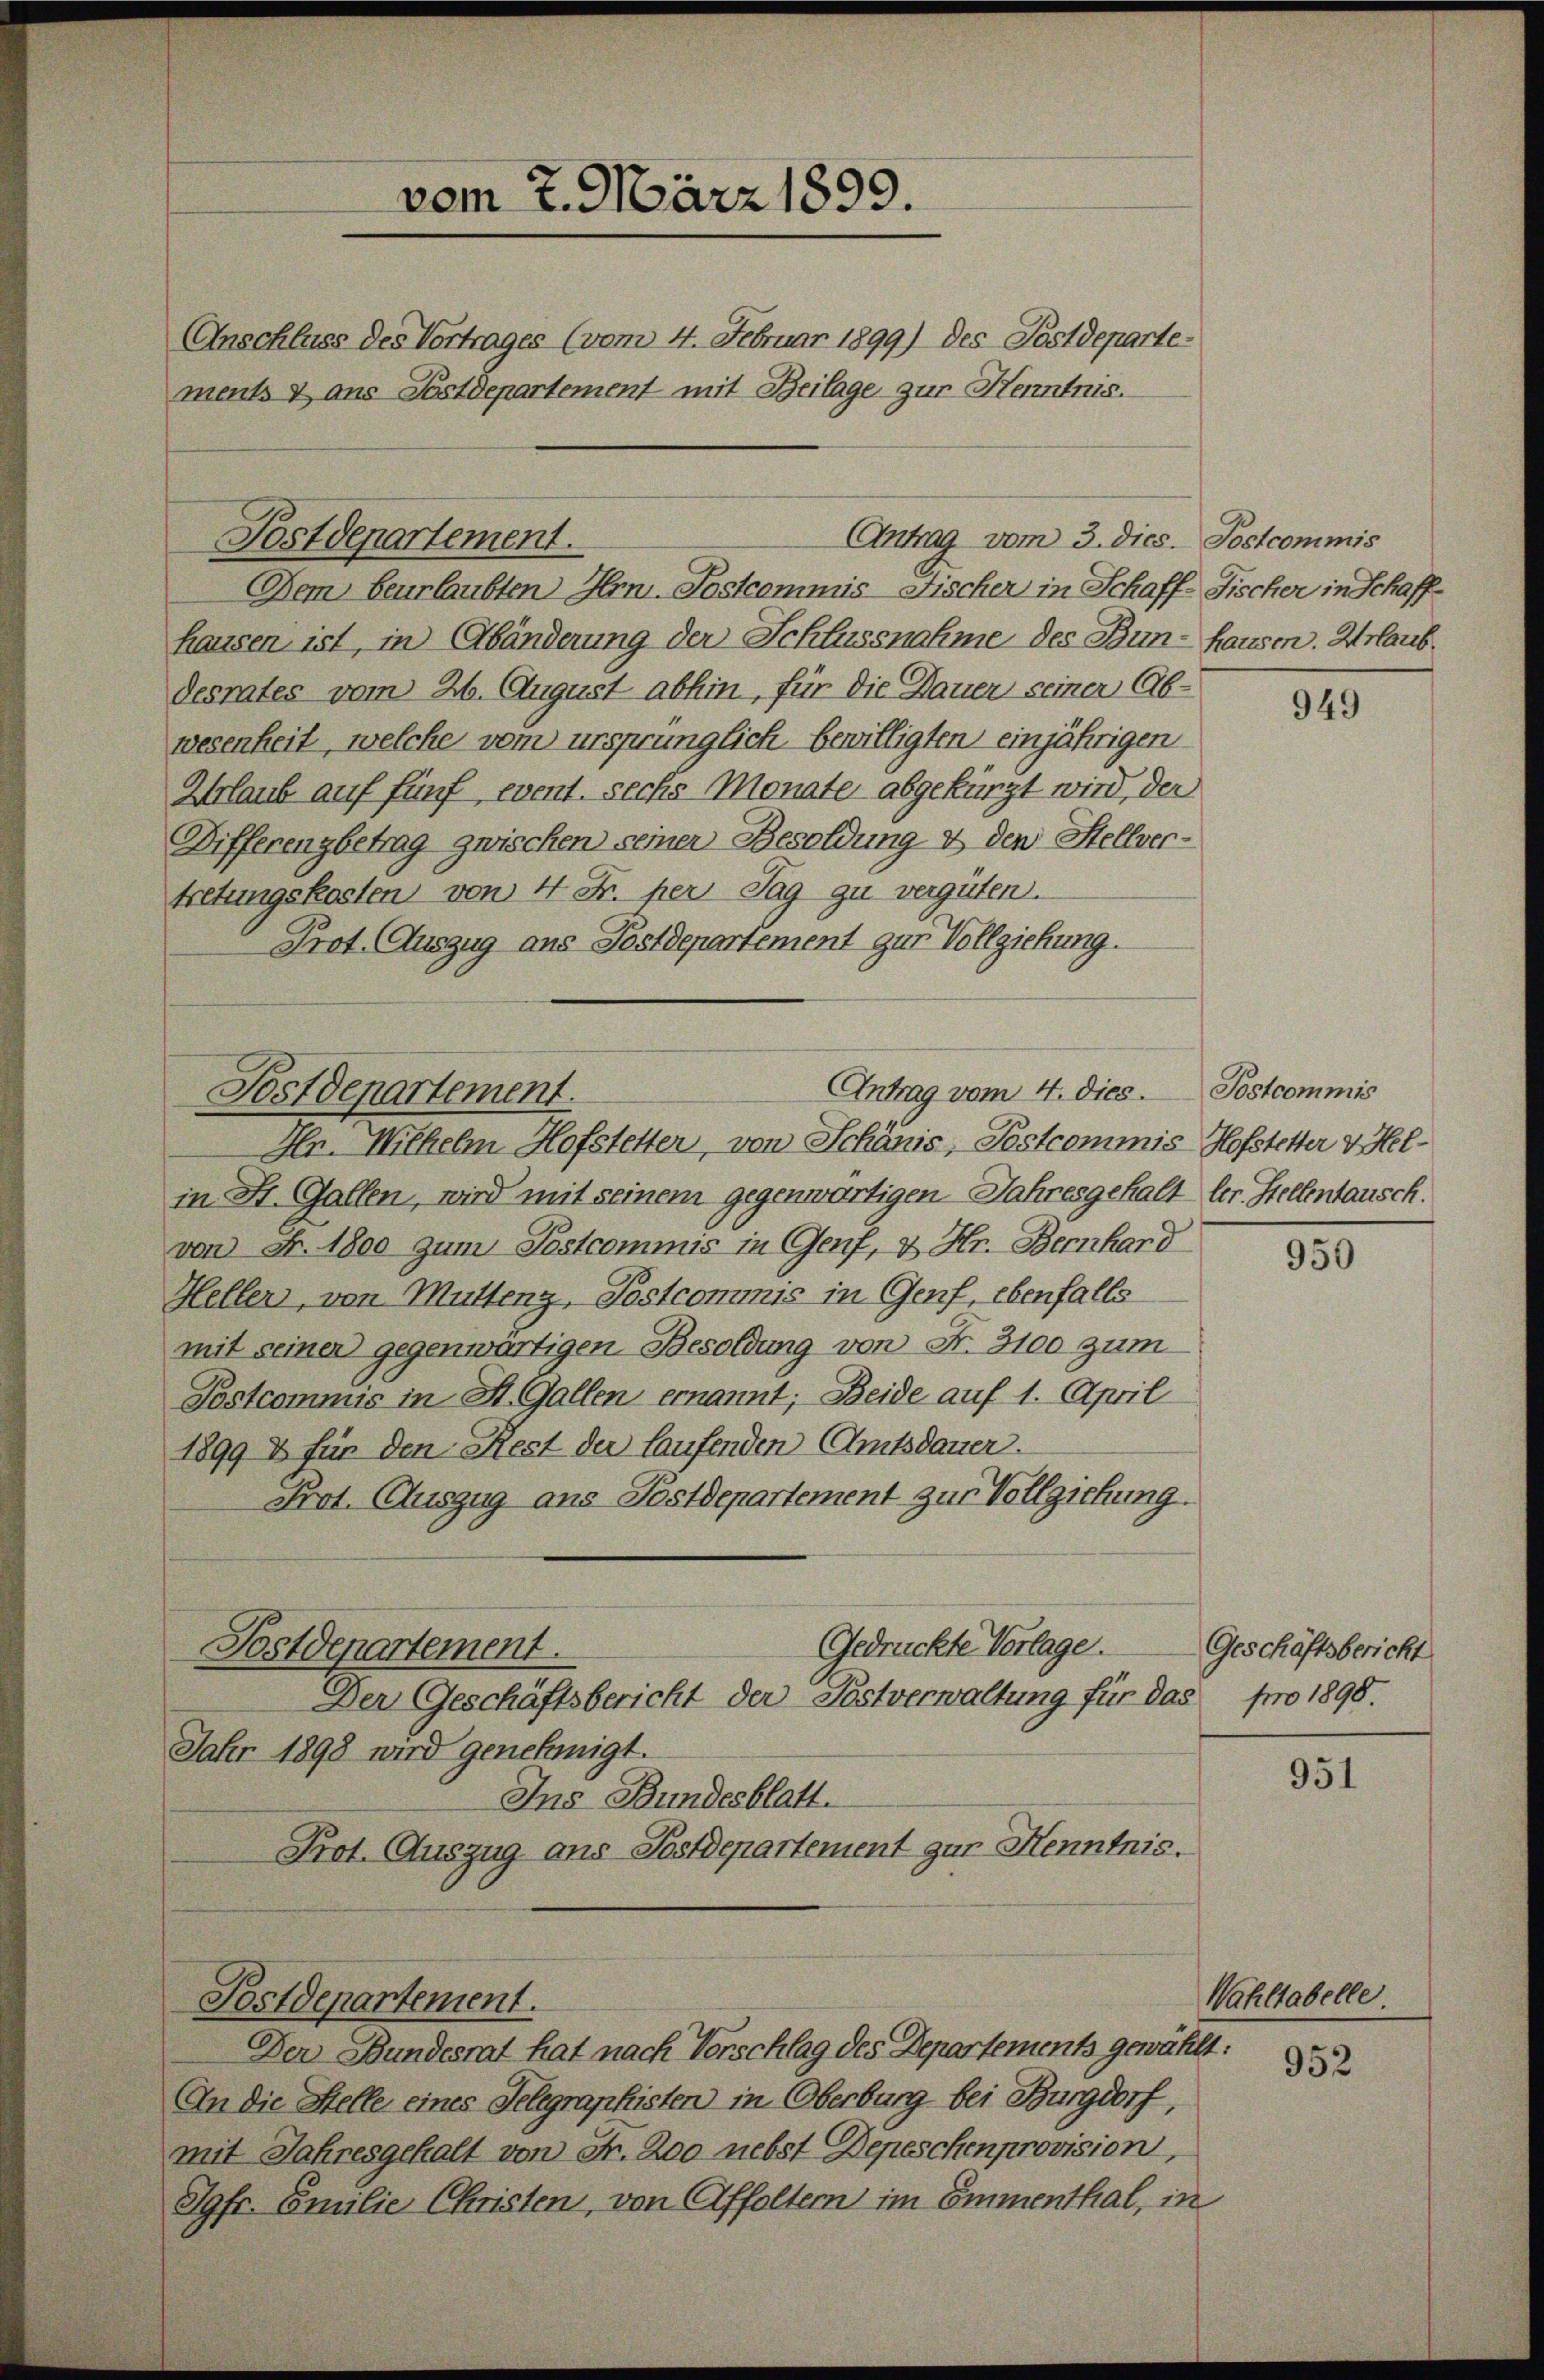
ments & aus Postdepartement mit Beilage zur Henntnis.

Postdepartement.

Dem beurlaubten Hrn. Postcommis Fischer in Schaff-Fischer in Schaffhausen ist, in Abänderung der Schlussnahme des Bun-Hausen. Urlaub
desrates vom 26. August abhin, für die Dauer seiner Ab-
wesenheit, welche vom ursprünglich bewilligten einjährigen
Urlaub auf fünf, event. sechs Monate abgekürzt wird, der
Differenzbetrag zwischen seiner Besoldung & den Stellvertretungskosten von 4 Fr. per Tag zu vergüten.
Prot. Auszug aus Postdepartement gur Vollziehung.

Anschluss des Vortrages (vom 4. Februar 1899) des Postdeparte¬

Antrag vom 4. dies.
Postdepartement.
Hn. Wilhelm Hofstetter, von Schänis, Postcommis Hofstetter v. Hel¬

Postdepantement.

vom 7. März 1899.

Antrag vom 3. dies. Postcommis

Der Bundesrat hat nach Vorschlag des Departements gewählt:

in St. Gallen, wird mit seinem gegenwärtigen Jahresgehalt ler. Stellentausch.
von Fr. 1800 zum Postcommis in Genf, & Hr. Bernhard
Heller, von Mutteng, Postcommis in Genf, ebenfalls
mit seinen gegenwärtigen Besoldung von Fr. 3100 zum
Postcommis in St. Gallen ernannt; Beide auf 1. April
1899 & für den Rest der laufenden Amtsdauer.
Prot. Auszug ans Postdepartement zur Vollziehung.
Gedrückte Vorlage.
Postdepartement.
Der Geschäftsbericht der Postverwaltung für das pro 1890.
Jahr 1898 wird genehmigt.
Ins Bundesblatt.
Prot. Auszug ans Postdepartement zur Menntnis.

An die Stelle eines Telegraphisten in Oberburg bei Burgdorf,
mit Jahresgehalt von Fr. 200 nebst Depeschenprovision,
Jgfr. Emilie Christen, von Affoltern im Emmenthal, in

Postcommis

949

950

Geschäftsbericht

951

Wahltabelle.
952